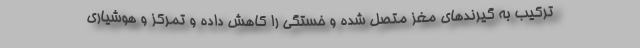
ترکیب به گیرندهای مغز متصل شده و خستگی را کاهش داده و تمرکز و هوشیاری